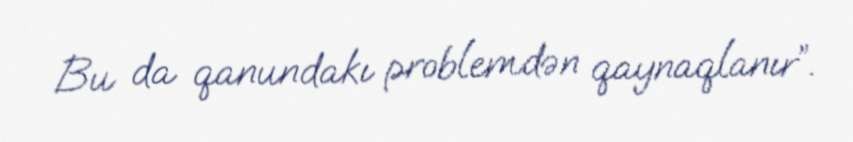
Bu da qanundakı problemdən qaynaqlanır”.